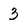
Character: 3